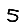
Digit: 5